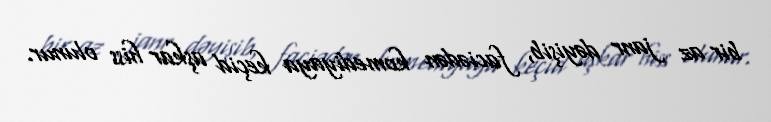
bir az janr dəyişib, faciədən komediyaya keçid aşkar hiss olunur.